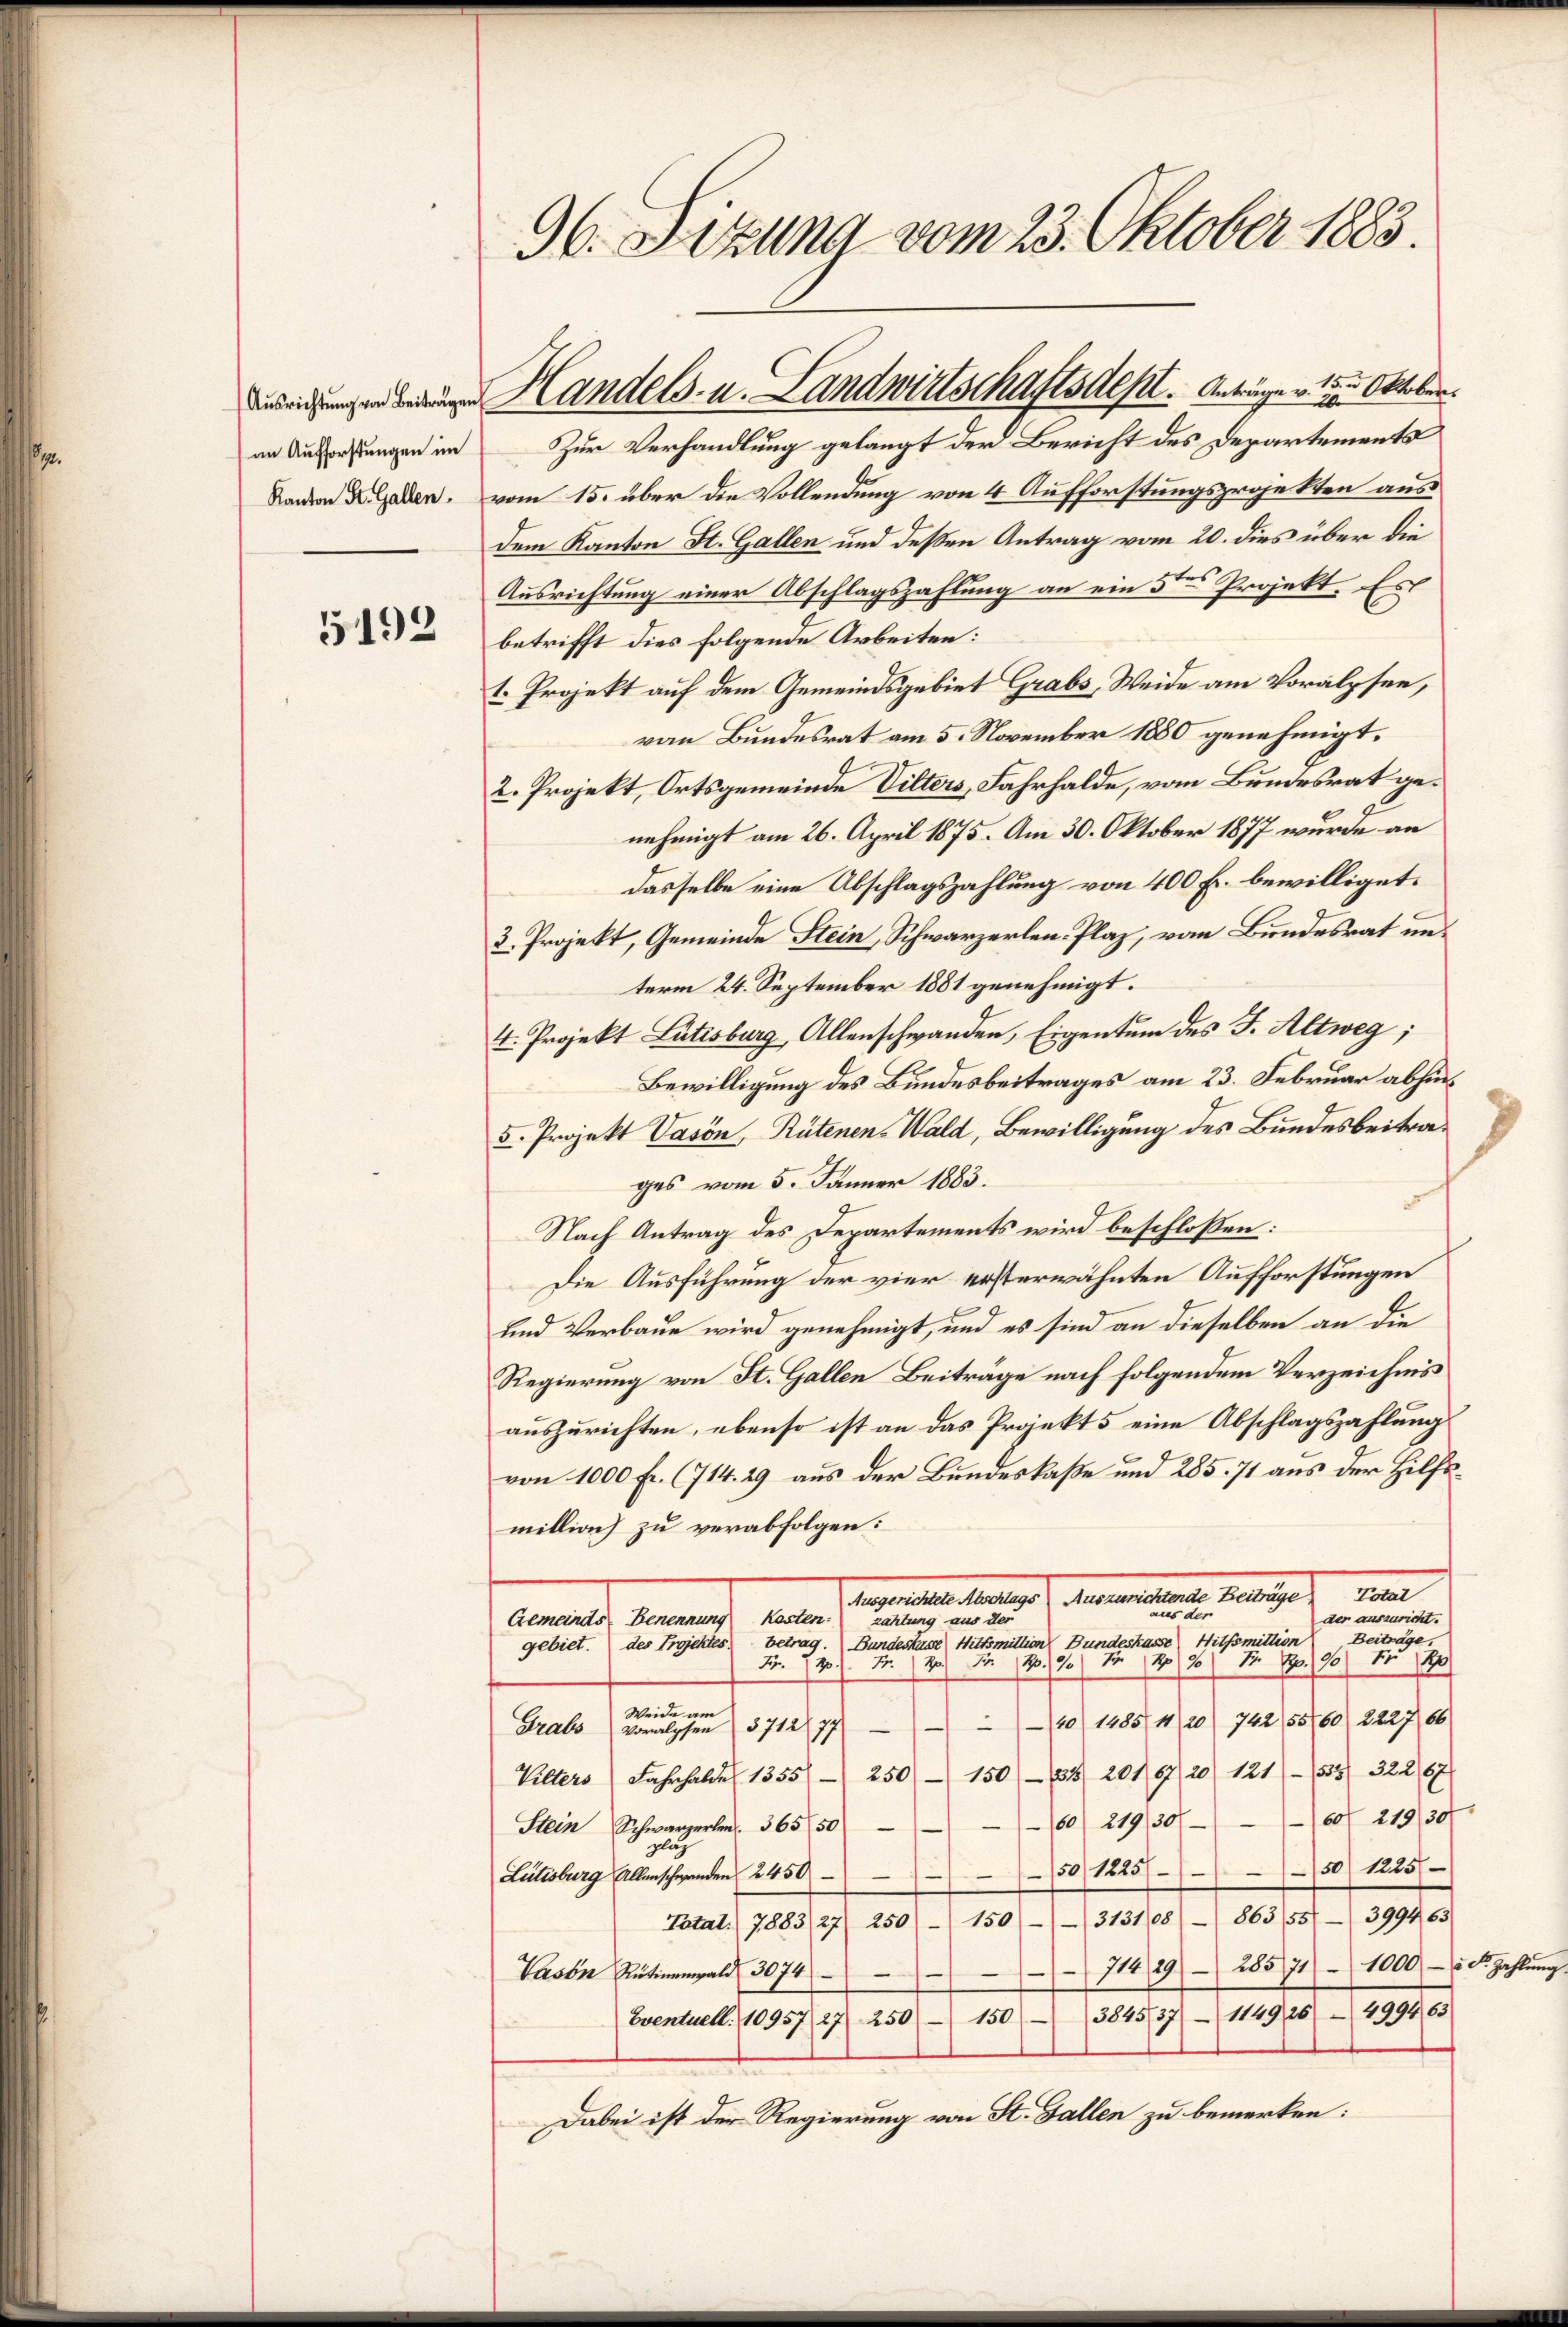
an Aufforstungen im

5192

96. Sitzung vom 23. Oktober 1883.

Kandion Kladen. vom 15. über die Vollendung von 4 Aufforstungsprojekten ausdem Kanton St. Gallen und deßen Antrag vom 20. dies über die
Ausrichtung einer Abschlagszahlung an ein 5ten Projekt. Es
betrifft dies folgende Arbeiten:
1. Projekt auf dem Gemeindsgebiet Grabs, Weide am Voralpsee,
von Bundesrat am 5. November 1880 genehmigt.
2. Projekt, Ortsgemeinde Vilters, Fahrhalde, vom Bundesrat genehmigt am 26. April 1875. Am 30. Oktober 1877 wurde an
dasselbe eine Abschlagszahlung von 400 Fr. bewilliget.
3. Projekt, Gemeinde Stein, Schwarzerlen Plaz, von Bundesrat unterm 24. September 1881 genehmigt.
4. Projekt Putisburg, Allenschwanden, Eigentum des J. Altweg;
Bewilligung des Bundesbeitrages am 23. Februar abhin¬
5. Projekt Vason, Rütenen-Wald, Bewilligung des Bundesbeitrages vom 5. Jänner 1883.
Nach Antrag des Departements wird beschloßen:
Die Ausführung der vier ersterwähnten Aufforstungen
und Verbaue wird genehmigt, und es sind an dieselben an die
Regierung von St. Gallen Beiträge nach folgendem Verzeichnis
auszurichten, ebenso ist an das Projekt 5 eine Abschlagszahlung
von 1000 Fr. (714. 29 aus der Bundeskaße und 285. 71 aus der Hilfsmillian zu verabfolgen:
ma
Aegetantestaltige Meiernationale Rechtige

der auszuricht.
Kasten.
Benennung
zahlung aus der
Gemeinds
Beiträge.
betrag. Bundeskase Wittsmittion Bundeskasse Hilfsmittion
des Projektes.
gebiet.
 35. 50 f 140 20 f 12 S. 100 Fr. 10
 22.
Weide am
20/ 1485 1/20 742, 5560) 2227. 66
Grabs voralyse 371277
250 (150 (134/ 2019/20/ 121) 1555/ 32267
Vilters Jahrhalde 1355
60 219,30/60 21930
Stein Schwarzerlen. 365 50
glich
50 1225
50 1225
Lütisburg Allerschwanden 2450.
313108 863/55/ 3994, 63
150
Tatat. 7883/27. 250
28571 - 1000 - 5. d. Zahlung
714/2
)
Vasen Rütinenwald 3074
384537 - 1149, 26 - 4994. 63
Eventuell. 10957, 27 250 - 150
Dabei ist der Regierung von St. Gallen zu bemerken:

wungen Handels- u. Landwirtschaftsdest. Anträge v. 15 Oktober
Zur Verhandlung gelangt der Bericht des Departements